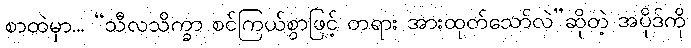
စာထဲမှာ... “သီလသိက္ခာ စင်ကြယ်စွာဖြင့် တရား အားထုတ်သော်လဲ”ဆိုတဲ့ အပိုဒ်ကို